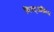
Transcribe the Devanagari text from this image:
ब्लिट्जक्रिंग